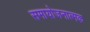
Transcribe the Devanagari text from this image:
समायोजनात्मक